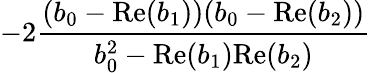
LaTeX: -2\frac{(b_{0}-\mathrm{Re}(b_{1}))(b_{0}-\mathrm{Re}(b_{2}))}{b_{0}^{2}-\mathrm{Re}(b_{1})\mathrm{Re}(b_{2})}